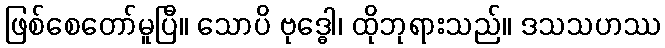
ဖြစ်စေတော်မူပြီ။ သောပိ ဗုဒ္ဓေါ၊ ထိုဘုရားသည်။ ဒသသဟဿ